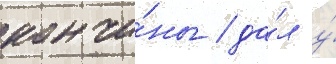
кончи́ны / да́л у́